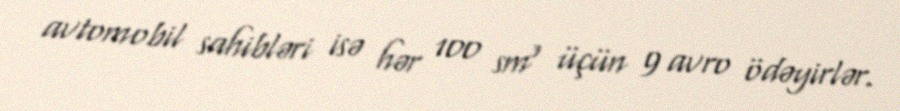
avtomobil sahibləri isə hər 100 sm³ üçün 9 avro ödəyirlər.